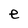
Character: e